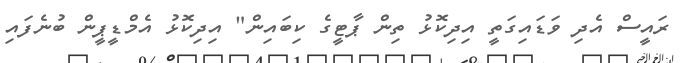
ރައީސް އެދި ވަޑައިގަތީ އިދިކޮޅު ތިން ޕާޓީގެ ކިބައިން" އިދިކޮޅު އެމްޑީޕީން ބުނެފައި